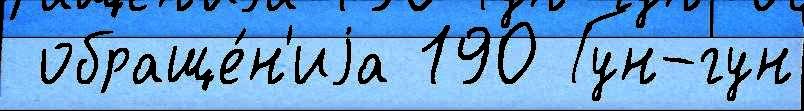
 обраще́н'иjа 190 Гун-гун